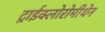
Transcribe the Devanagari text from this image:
ट्राईक्लोरोमीथेन